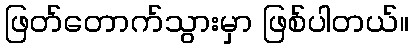
ဖြတ်တောက်သွားမှာ ဖြစ်ပါတယ်။